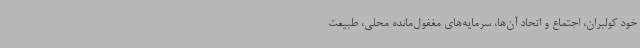
خود کولبران، اجتماع و اتحاد آن‌ها، سرمایه‌های مغفول‌مانده محلی، طبیعت